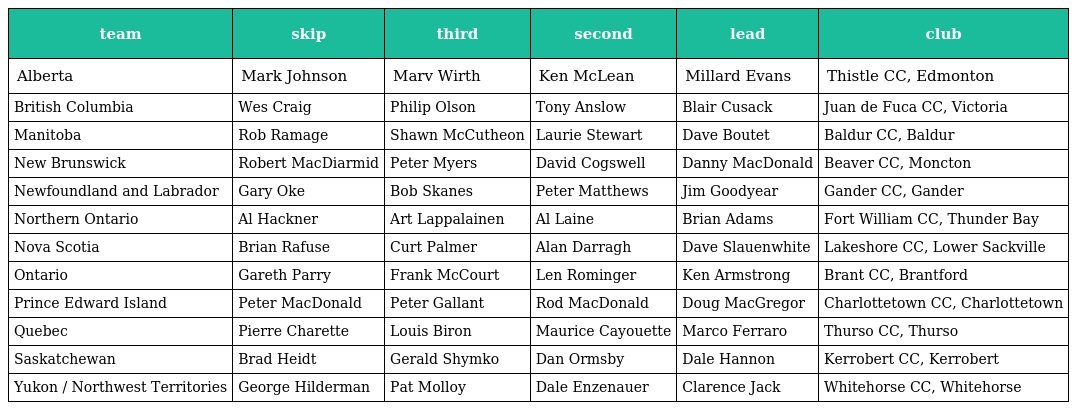
| team | skip | third | second | lead | club |
 | --- | --- | --- | --- | --- | --- |
 | Alberta | Mark Johnson | Marv Wirth | Ken McLean | Millard Evans | Thistle CC, Edmonton |
 | British Columbia | Wes Craig | Philip Olson | Tony Anslow | Blair Cusack | Juan de Fuca CC, Victoria |
 | Manitoba | Rob Ramage | Shawn McCutheon | Laurie Stewart | Dave Boutet | Baldur CC, Baldur |
 | New Brunswick | Robert MacDiarmid | Peter Myers | David Cogswell | Danny MacDonald | Beaver CC, Moncton |
 | Newfoundland and Labrador | Gary Oke | Bob Skanes | Peter Matthews | Jim Goodyear | Gander CC, Gander |
 | Northern Ontario | Al Hackner | Art Lappalainen | Al Laine | Brian Adams | Fort William CC, Thunder Bay |
 | Nova Scotia | Brian Rafuse | Curt Palmer | Alan Darragh | Dave Slauenwhite | Lakeshore CC, Lower Sackville |
 | Ontario | Gareth Parry | Frank McCourt | Len Rominger | Ken Armstrong | Brant CC, Brantford |
 | Prince Edward Island | Peter MacDonald | Peter Gallant | Rod MacDonald | Doug MacGregor | Charlottetown CC, Charlottetown |
 | Quebec | Pierre Charette | Louis Biron | Maurice Cayouette | Marco Ferraro | Thurso CC, Thurso |
 | Saskatchewan | Brad Heidt | Gerald Shymko | Dan Ormsby | Dale Hannon | Kerrobert CC, Kerrobert |
 | Yukon / Northwest Territories | George Hilderman | Pat Molloy | Dale Enzenauer | Clarence Jack | Whitehorse CC, Whitehorse |